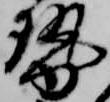
勢